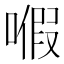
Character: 𠽙